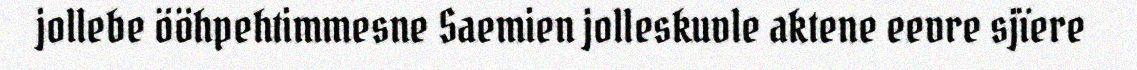
jollebe ööhpehtimmesne Saemien jolleskuvle aktene eevre sjïere